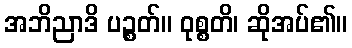
အဘိညာဒိ ပဉ္စတ်။ ဝုစ္စတိ၊ ဆိုအပ်၏။